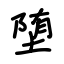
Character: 堕